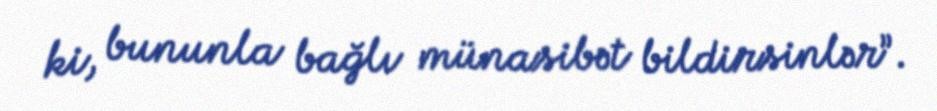
ki, bununla bağlı münasibət bildirsinlər”.